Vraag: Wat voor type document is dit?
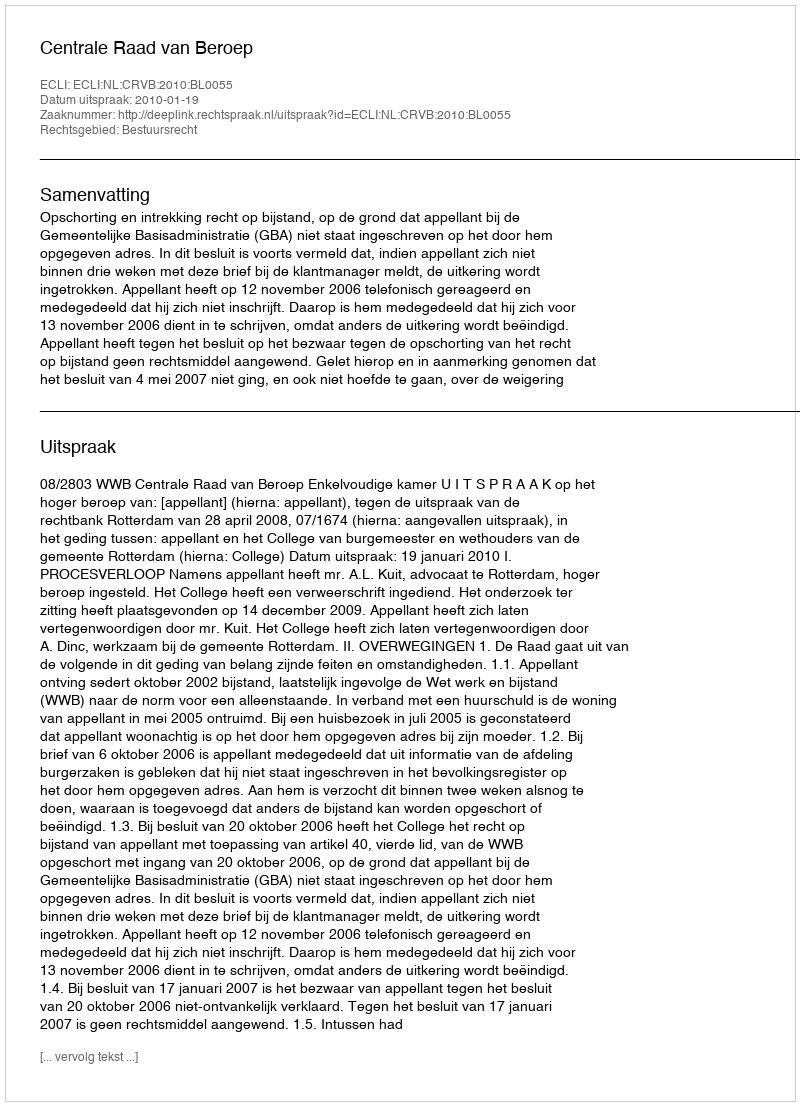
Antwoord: Uitspraak